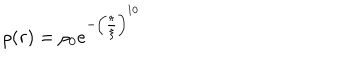
\rho ( r ) = \rho _ { 0 } e ^ { - \left( \frac { r } { \xi } \right) ^ { 1 0 } }